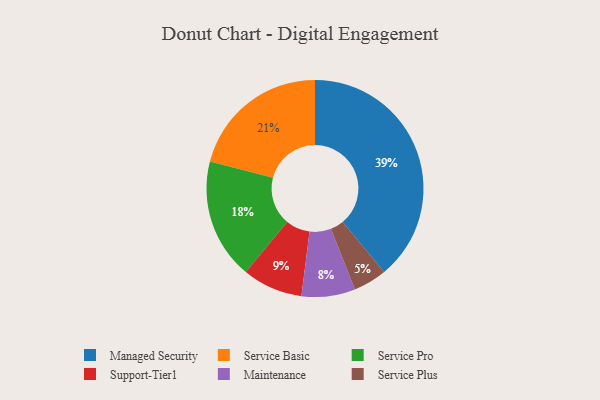
{"axis": {"x": "Category", "y": "Percentage"}, "legend": ["Maintenance", "Managed Security", "Service Basic", "Service Plus", "Service Pro", "Support-Tier1"], "data": [{"x": "Service Basic", "y": 21, "type": "Service Basic"}, {"x": "Support-Tier1", "y": 9, "type": "Support-Tier1"}, {"x": "Service Plus", "y": 5, "type": "Service Plus"}, {"x": "Service Pro", "y": 18, "type": "Service Pro"}, {"x": "Maintenance", "y": 8, "type": "Maintenance"}, {"x": "Managed Security", "y": 39, "type": "Managed Security"}]}